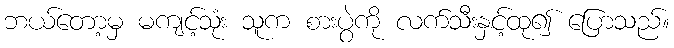
ဘယ်တော့မှ မကျင့်သုံး သူက စားပွဲကို လက်သီးနှင့်ထု၍ ပြောသည်။